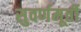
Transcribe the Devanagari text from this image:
सुवर्णमूर्ती